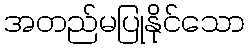
အတည်မပြုနိုင်သော